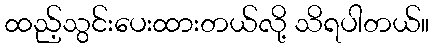
ထည့်သွင်းပေးထားတယ်လို့ သိရပါတယ်။